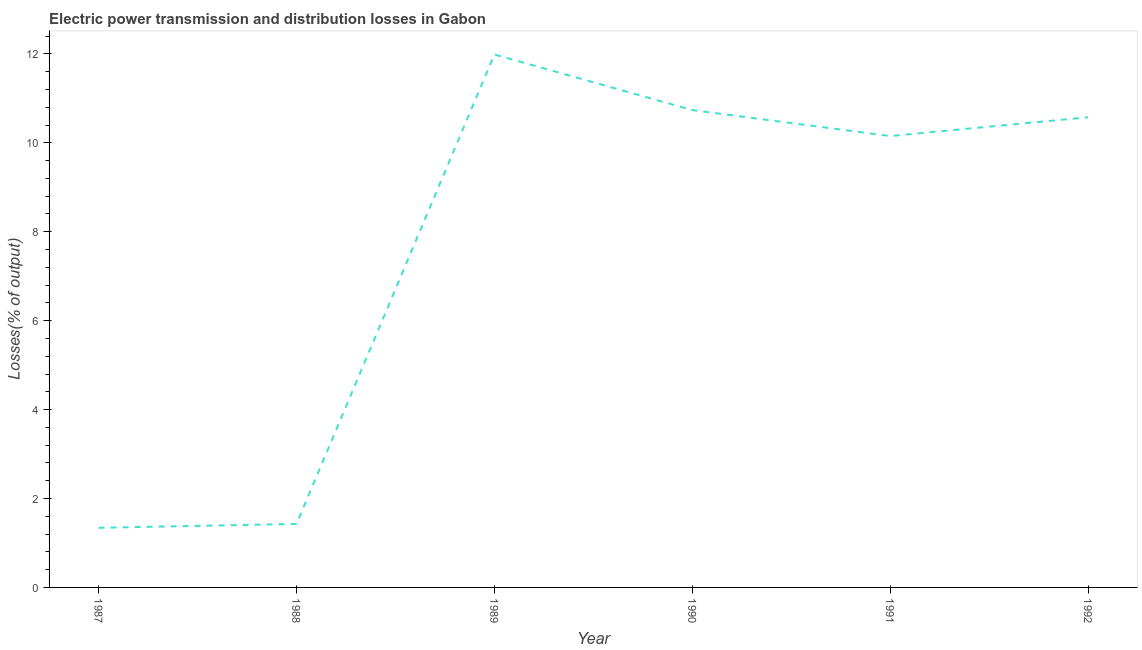
| Year | Electric power transmission and distribution losses |
 | --- | --- |
 | 1987 | 1.34 |
 | 1988 | 1.43 |
 | 1989 | 12 |
 | 1990 | 10.7 |
 | 1991 | 10.2 |
 | 1992 | 10.6 |